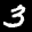
Label: 3